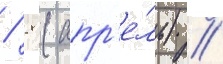
/ 8 (апр'е́ль) //